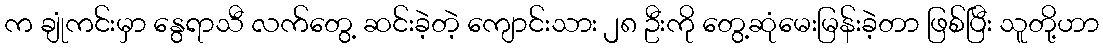
က ချုံကင်းမှာ နွေရာသီ လက်တွေ့ ဆင်းခဲ့တဲ့ ကျောင်းသား ၂၈ ဦးကို တွေ့ဆုံမေးမြန်းခဲ့တာ ဖြစ်ပြီး သူတို့ဟာ